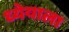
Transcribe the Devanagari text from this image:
ध्येयाला